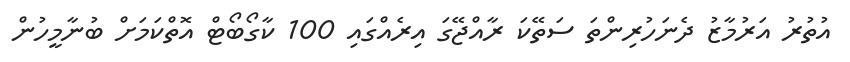
އުތުރު އަރުމާޒު ދެނަހުރިންތަ ސަތޭކަ ރާއްޖޭގަ އިރެއްގައި 100 ކާގޯބޯޓް އޮތްކަމަށް ބުނާމީހުން